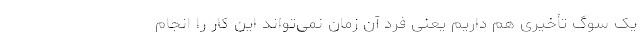
یک سوگ تأخیری هم داریم یعنی فرد آن زمان نمی‌تواند این کار را انجام